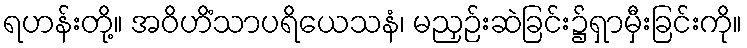
ရဟန်းတို့။ အဝိဟိံသာပရိယေသနံ၊ မညှဉ်းဆဲခြင်း၌ရှာမှီးခြင်းကို။